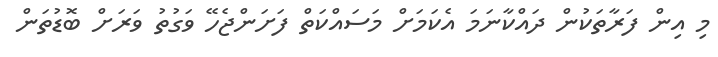
މި އިން ފަރާތަކުން ދައްކާނަމަ އެކަމަށް މަސައްކަތް ފަށަންޖެހޭ ވަގުތު ވަރަށް ބޮޑުތަން